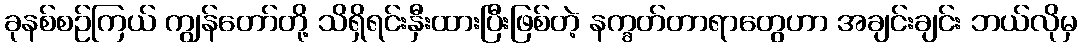
ခုနစ်စဉ်ကြယ် ကျွန်တော်တို့ သိရှိရင်းနှီးထားပြီးဖြစ်တဲ့ နက္ခတ်တာရာတွေဟာ အချင်းချင်း ဘယ်လိုမှ